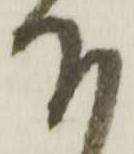
下